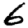
Digit: 6